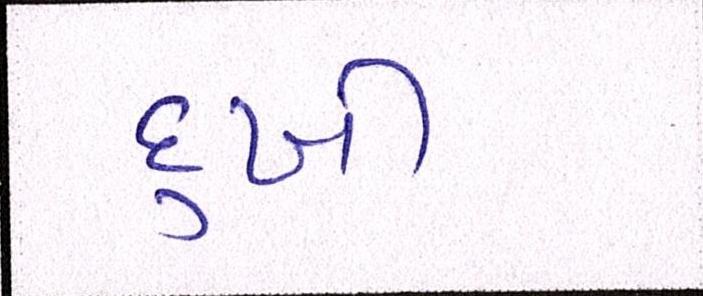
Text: દુખી